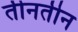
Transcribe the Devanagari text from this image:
तीनतीन